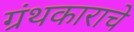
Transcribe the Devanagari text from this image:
ग्रंथकाराचे